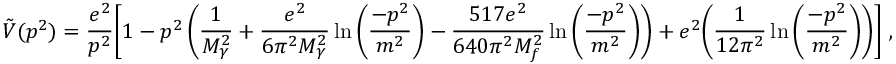
\tilde { V } ( p ^ { 2 } ) = \frac { e ^ { 2 } } { p ^ { 2 } } \biggl [ 1 - p ^ { 2 } \left( \frac { 1 } { M _ { \gamma } ^ { 2 } } + \frac { e ^ { 2 } } { 6 \pi ^ { 2 } M _ { \gamma } ^ { 2 } } \ln \left( \frac { - p ^ { 2 } } { m ^ { 2 } } \right) - \frac { 5 1 7 e ^ { 2 } } { 6 4 0 \pi ^ { 2 } M _ { f } ^ { 2 } } \ln \left( \frac { - p ^ { 2 } } { m ^ { 2 } } \right) \right) + e ^ { 2 } \biggl ( \frac { 1 } { 1 2 \pi ^ { 2 } } \ln \left( \frac { - p ^ { 2 } } { m ^ { 2 } } \right) \biggr ) \biggr ] \ ,